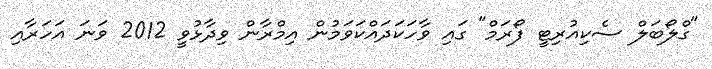
"ގްލޯބަލް ސެކިއުރިޓީ ފޯރަމް" ގައި ވާހަކަދައްކަވަމުން އިމްރާން ވިދާޅުވީ 2012 ވަނަ އަހަރާއި